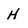
Character: H